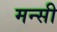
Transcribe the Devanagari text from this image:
मन्सी